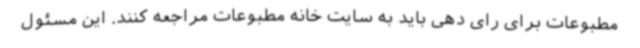
مطبوعات برای رای دهی باید به سایت خانه مطبوعات مراجعه کنند. این مسئول